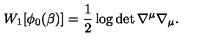
W _ { 1 } [ \phi _ { 0 } ( \beta ) ] = \frac 1 2 \log \det \nabla ^ { \mu } \nabla _ { \mu } .